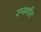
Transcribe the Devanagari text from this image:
उप्सथीत